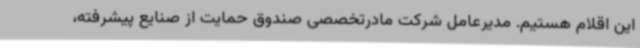
این اقلام هستیم. مدیرعامل شرکت مادرتخصصی صندوق حمایت از صنایع پیشرفته،